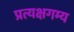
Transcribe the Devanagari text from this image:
प्रत्यक्षगम्य